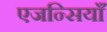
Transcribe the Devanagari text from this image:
एजन्सियाँ